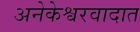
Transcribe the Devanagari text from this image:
अनेकेश्वरवादात